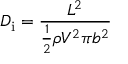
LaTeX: D _ { \mathrm { i } } = { \frac { L ^ { 2 } } { { \frac { 1 } { 2 } } \rho V ^ { 2 } \pi b ^ { 2 } } }